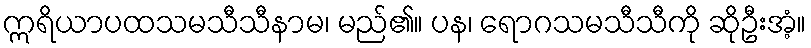
ဣရိယာပထသမသီသီနာမ၊ မည်၏။ ပန၊ ရောဂသမသီသီကို ဆိုဦးအံ့။